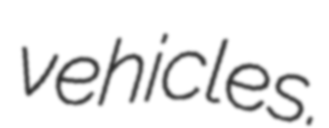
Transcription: vehicles.